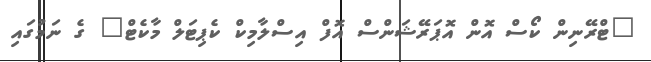
"ޓްރޭނިން ކޯސް އޮން އޮޕަރޭޝަންސް އޮފް އިސްލާމިކް ކެޕިޓަލް މާކެޓް" ގެ ނަމުގައި